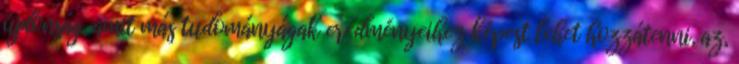
újdonság, amit más tudományágak eredményeihez képest lehet hozzátenni, az,